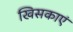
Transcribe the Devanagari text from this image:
खिसकाएं